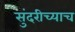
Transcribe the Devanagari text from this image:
सुंदरीच्याच